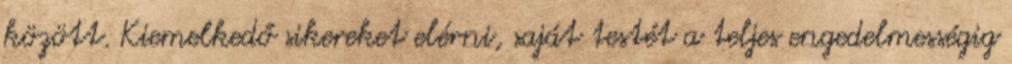
között. Kiemelkedő sikereket elérni, saját testét a teljes engedelmességig